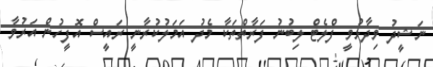
ނަޝީދު ވިދާޅުވީ ފްލެޓް ލިބުނު ފަރާތްތަކާ މެދު އަމަލުކުރާނީ ރައީސް އޮފީހުން އަރުވާ